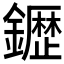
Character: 𮣙